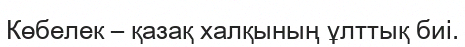
Көбелек – қазақ халқының ұлттық биі.